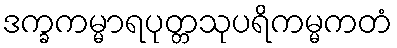
ဒက္ခကမ္မာရပုတ္တသုပရိကမ္မကတံ